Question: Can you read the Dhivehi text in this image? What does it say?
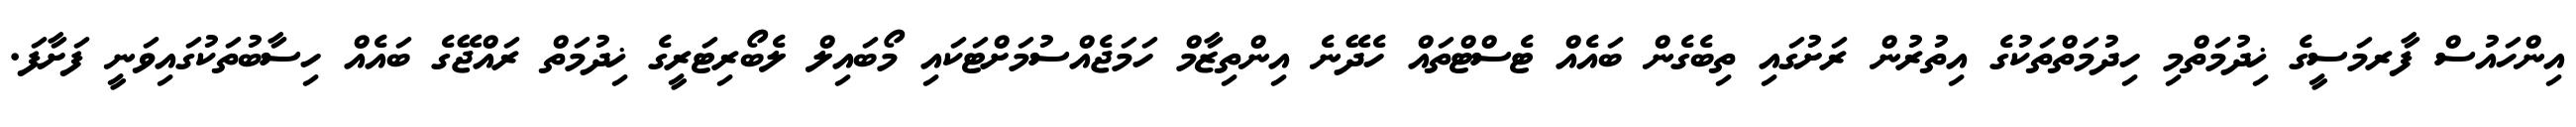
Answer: އިންހައުސް ފާރމަސީގެ ޚިދުމަތްމި ހިދުމަތްތަކުގެ އިތުރުން ރަށުގައި ތިބެގެން ބައެއް ޓެސްޓްތައް ހެދޭނެ އިންތިޒާމް ހަމަޖެއްސުމަށްޓަކައި މޯބައިލް ލެބޯރިޓަރީގެ ޚިދުމަތް ރައްޖޭގެ ބައެއް ހިސާބުތަކުގައިވަނީ ފަށާފަ.